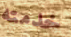
خدمته